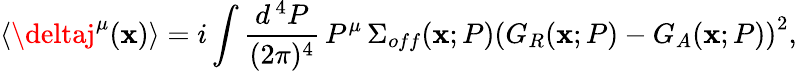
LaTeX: \langle\deltaj^{\mu}(\mathbf{x})\rangle=i\int\frac{{d^{\, 4}P}}{{(2\pi)^{4}}}\, P^{\mu}\, \Sigma_{off}(\mathbf{x};P)\left(G_{R}(\mathbf{x};P)-G_{A}(\mathbf{x};P)\right)^{2},